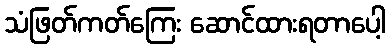
သံဖြတ်ကတ်ကြေး ဆောင်ထားရတာပေါ့